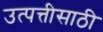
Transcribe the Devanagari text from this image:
उत्पत्तीसाठी